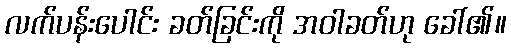
လက်ပန်းပေါင်း ခတ်ခြင်းကို အဝါခတ်ဟု ခေါ်၏။